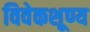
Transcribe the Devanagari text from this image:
विवेकशूण्य